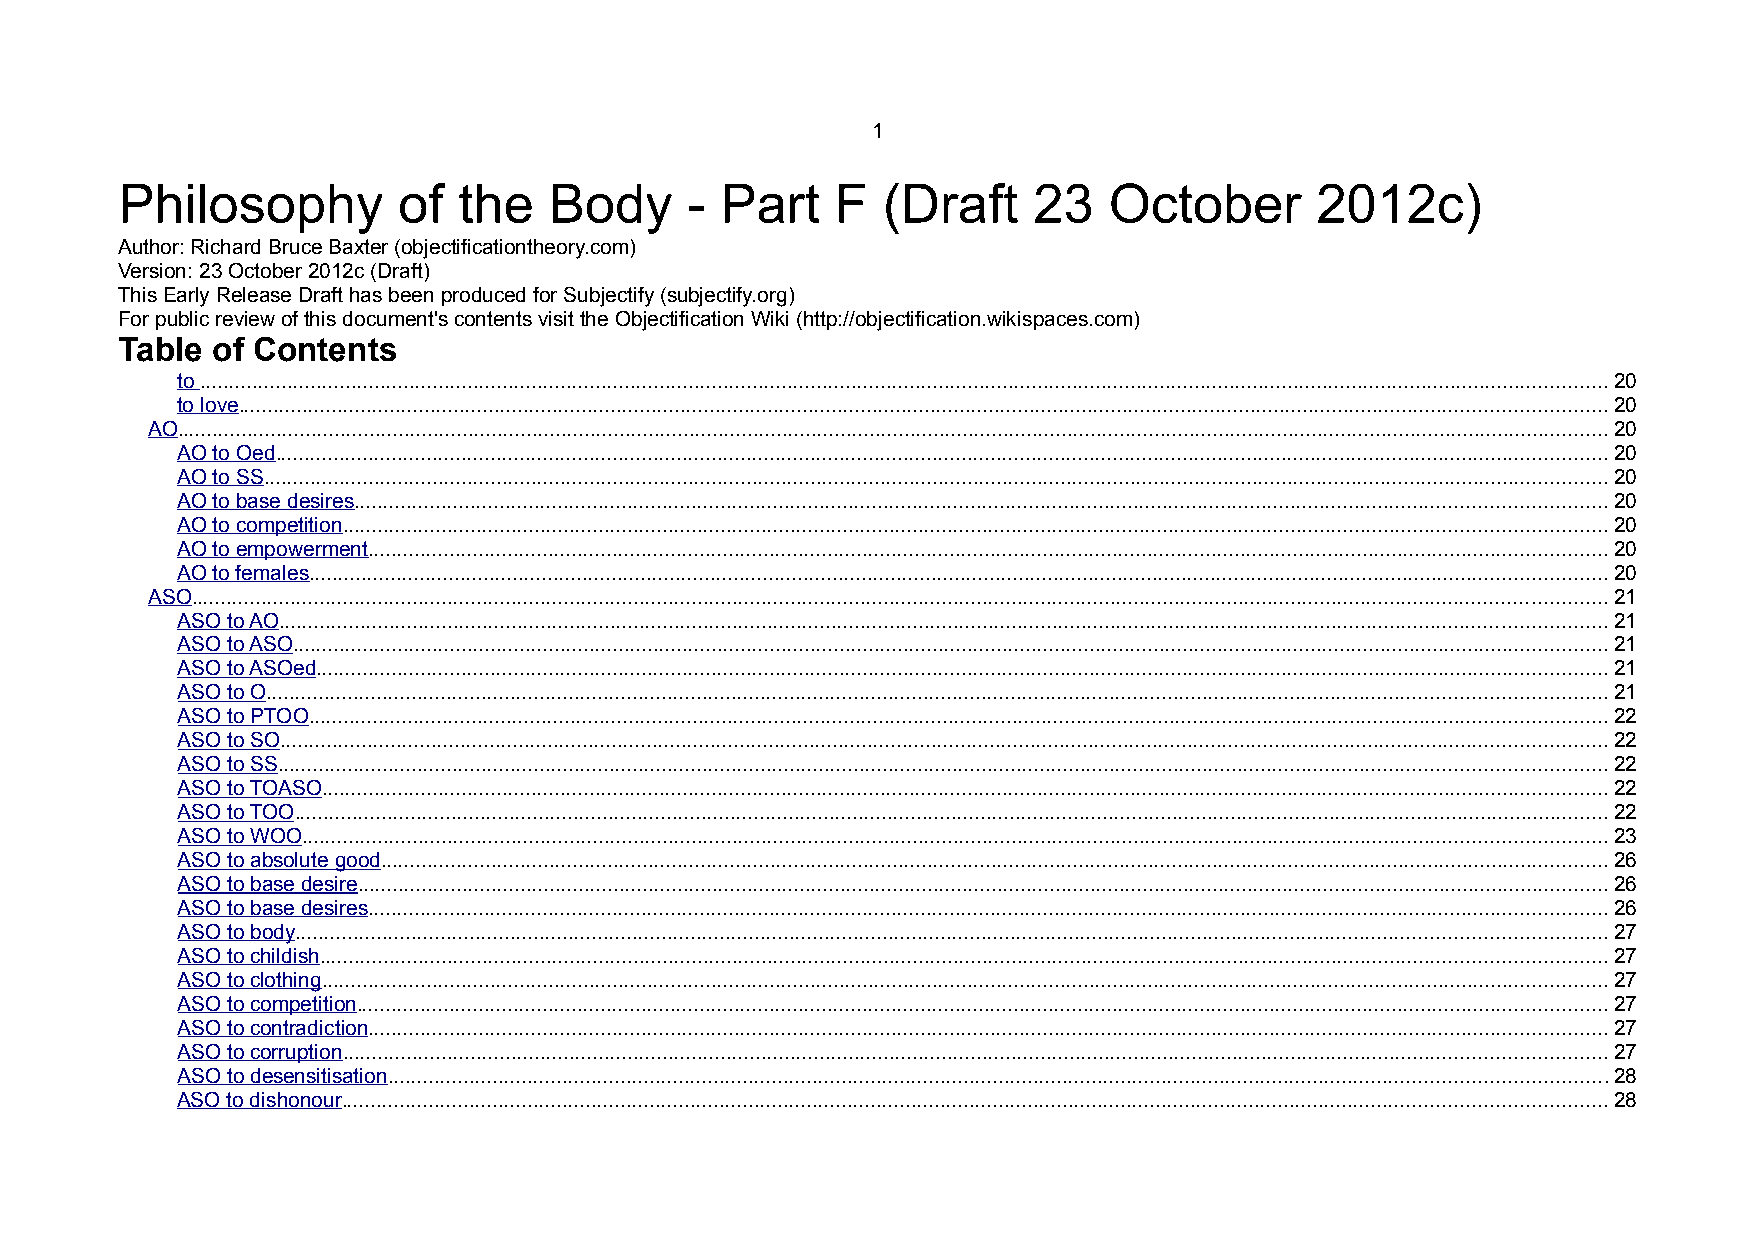
1
 Philosophy        of  the   Body     -  Part   F  (Draft    23   October       2012c)
 Author: Richard Bruce Baxter (objectificationtheory.com)
 Version: 23 October 2012c (Draft)
 This Early Release Draft has been produced for Subjectify (subjectify.org)
 For public review of this document's contents visit the Objectification Wiki (http://objectification.wikispaces.com)
 Table of Contents
 to ..................................................................................................................................................................................................................................................20
 to love...........................................................................................................................................................................................................................................20
 AO......................................................................................................................................................................................................................................................20
 AO to Oed.....................................................................................................................................................................................................................................20
 AO to SS.......................................................................................................................................................................................................................................20
 AO to base desires.......................................................................................................................................................................................................................20
 AO to competition.........................................................................................................................................................................................................................20
 AO to empowerment.....................................................................................................................................................................................................................20
 AO to females...............................................................................................................................................................................................................................20
 ASO...................................................................................................................................................................................................................................................21
 ASO to AO....................................................................................................................................................................................................................................21
 ASO to ASO..................................................................................................................................................................................................................................21
 ASO to ASOed..............................................................................................................................................................................................................................21
 ASO to O......................................................................................................................................................................................................................................21
 ASO to PTOO...............................................................................................................................................................................................................................22
 ASO to SO....................................................................................................................................................................................................................................22
 ASO to SS....................................................................................................................................................................................................................................22
 ASO to TOASO.............................................................................................................................................................................................................................22
 ASO to TOO..................................................................................................................................................................................................................................22
 ASO to WOO................................................................................................................................................................................................................................23
 ASO to absolute good...................................................................................................................................................................................................................26
 ASO to base desire.......................................................................................................................................................................................................................26
 ASO to base desires.....................................................................................................................................................................................................................26
 ASO to body.................................................................................................................................................................................................................................27
 ASO to childish.............................................................................................................................................................................................................................27
 ASO to clothing.............................................................................................................................................................................................................................27
 ASO to competition.......................................................................................................................................................................................................................27
 ASO to contradiction.....................................................................................................................................................................................................................27
 ASO to corruption.........................................................................................................................................................................................................................27
 ASO to desensitisation.................................................................................................................................................................................................................28
 ASO to dishonour.........................................................................................................................................................................................................................28